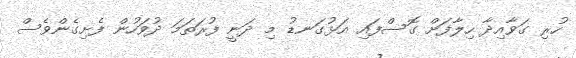
ހުރި ގަވާއިދާ ހިލާފަށް ގޮސްފައި އަޅުގަނޑު މި ދަނީ ފުރަތަމަ ދުވަހުން ފެށިގެންވެސް